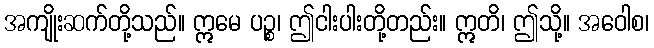
အကျိုးဆက်တို့သည်။ ဣမေ ပဉ္စ၊ ဤငါးပါးတို့တည်း။ ဣတိ၊ ဤသို့။ အဝေါစ၊